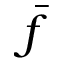
\bar { f }